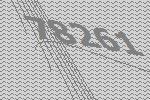
78261